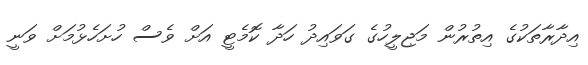
އިދާރާތަކުގެ އިތުރުން މަޖިލީހުގެ ގަވައިދު ހަދާ ކޮމެޓީ އަށް ވެސް ހުށަހެޅުމަށް ވަނީ